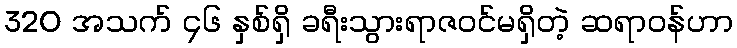
320 အသက် ၄၆ နှစ်ရှိ ခရီးသွားရာဇဝင်မရှိတဲ့ ဆရာဝန်ဟာ